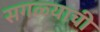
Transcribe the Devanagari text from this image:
सगळ्याची